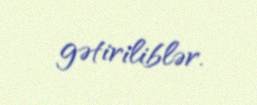
gətiriliblər.